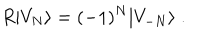
R \vert V _ { N } \rangle = ( - 1 ) ^ { N } \vert V _ { - N } \rangle \; .